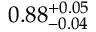
0 . 8 8 _ { - 0 . 0 4 } ^ { + 0 . 0 5 }